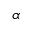
\alpha